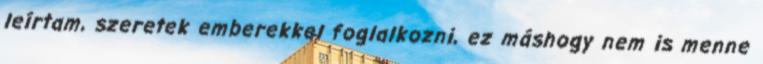
leírtam, szeretek emberekkel foglalkozni, ez máshogy nem is menne